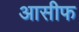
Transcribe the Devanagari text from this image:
आसीफ